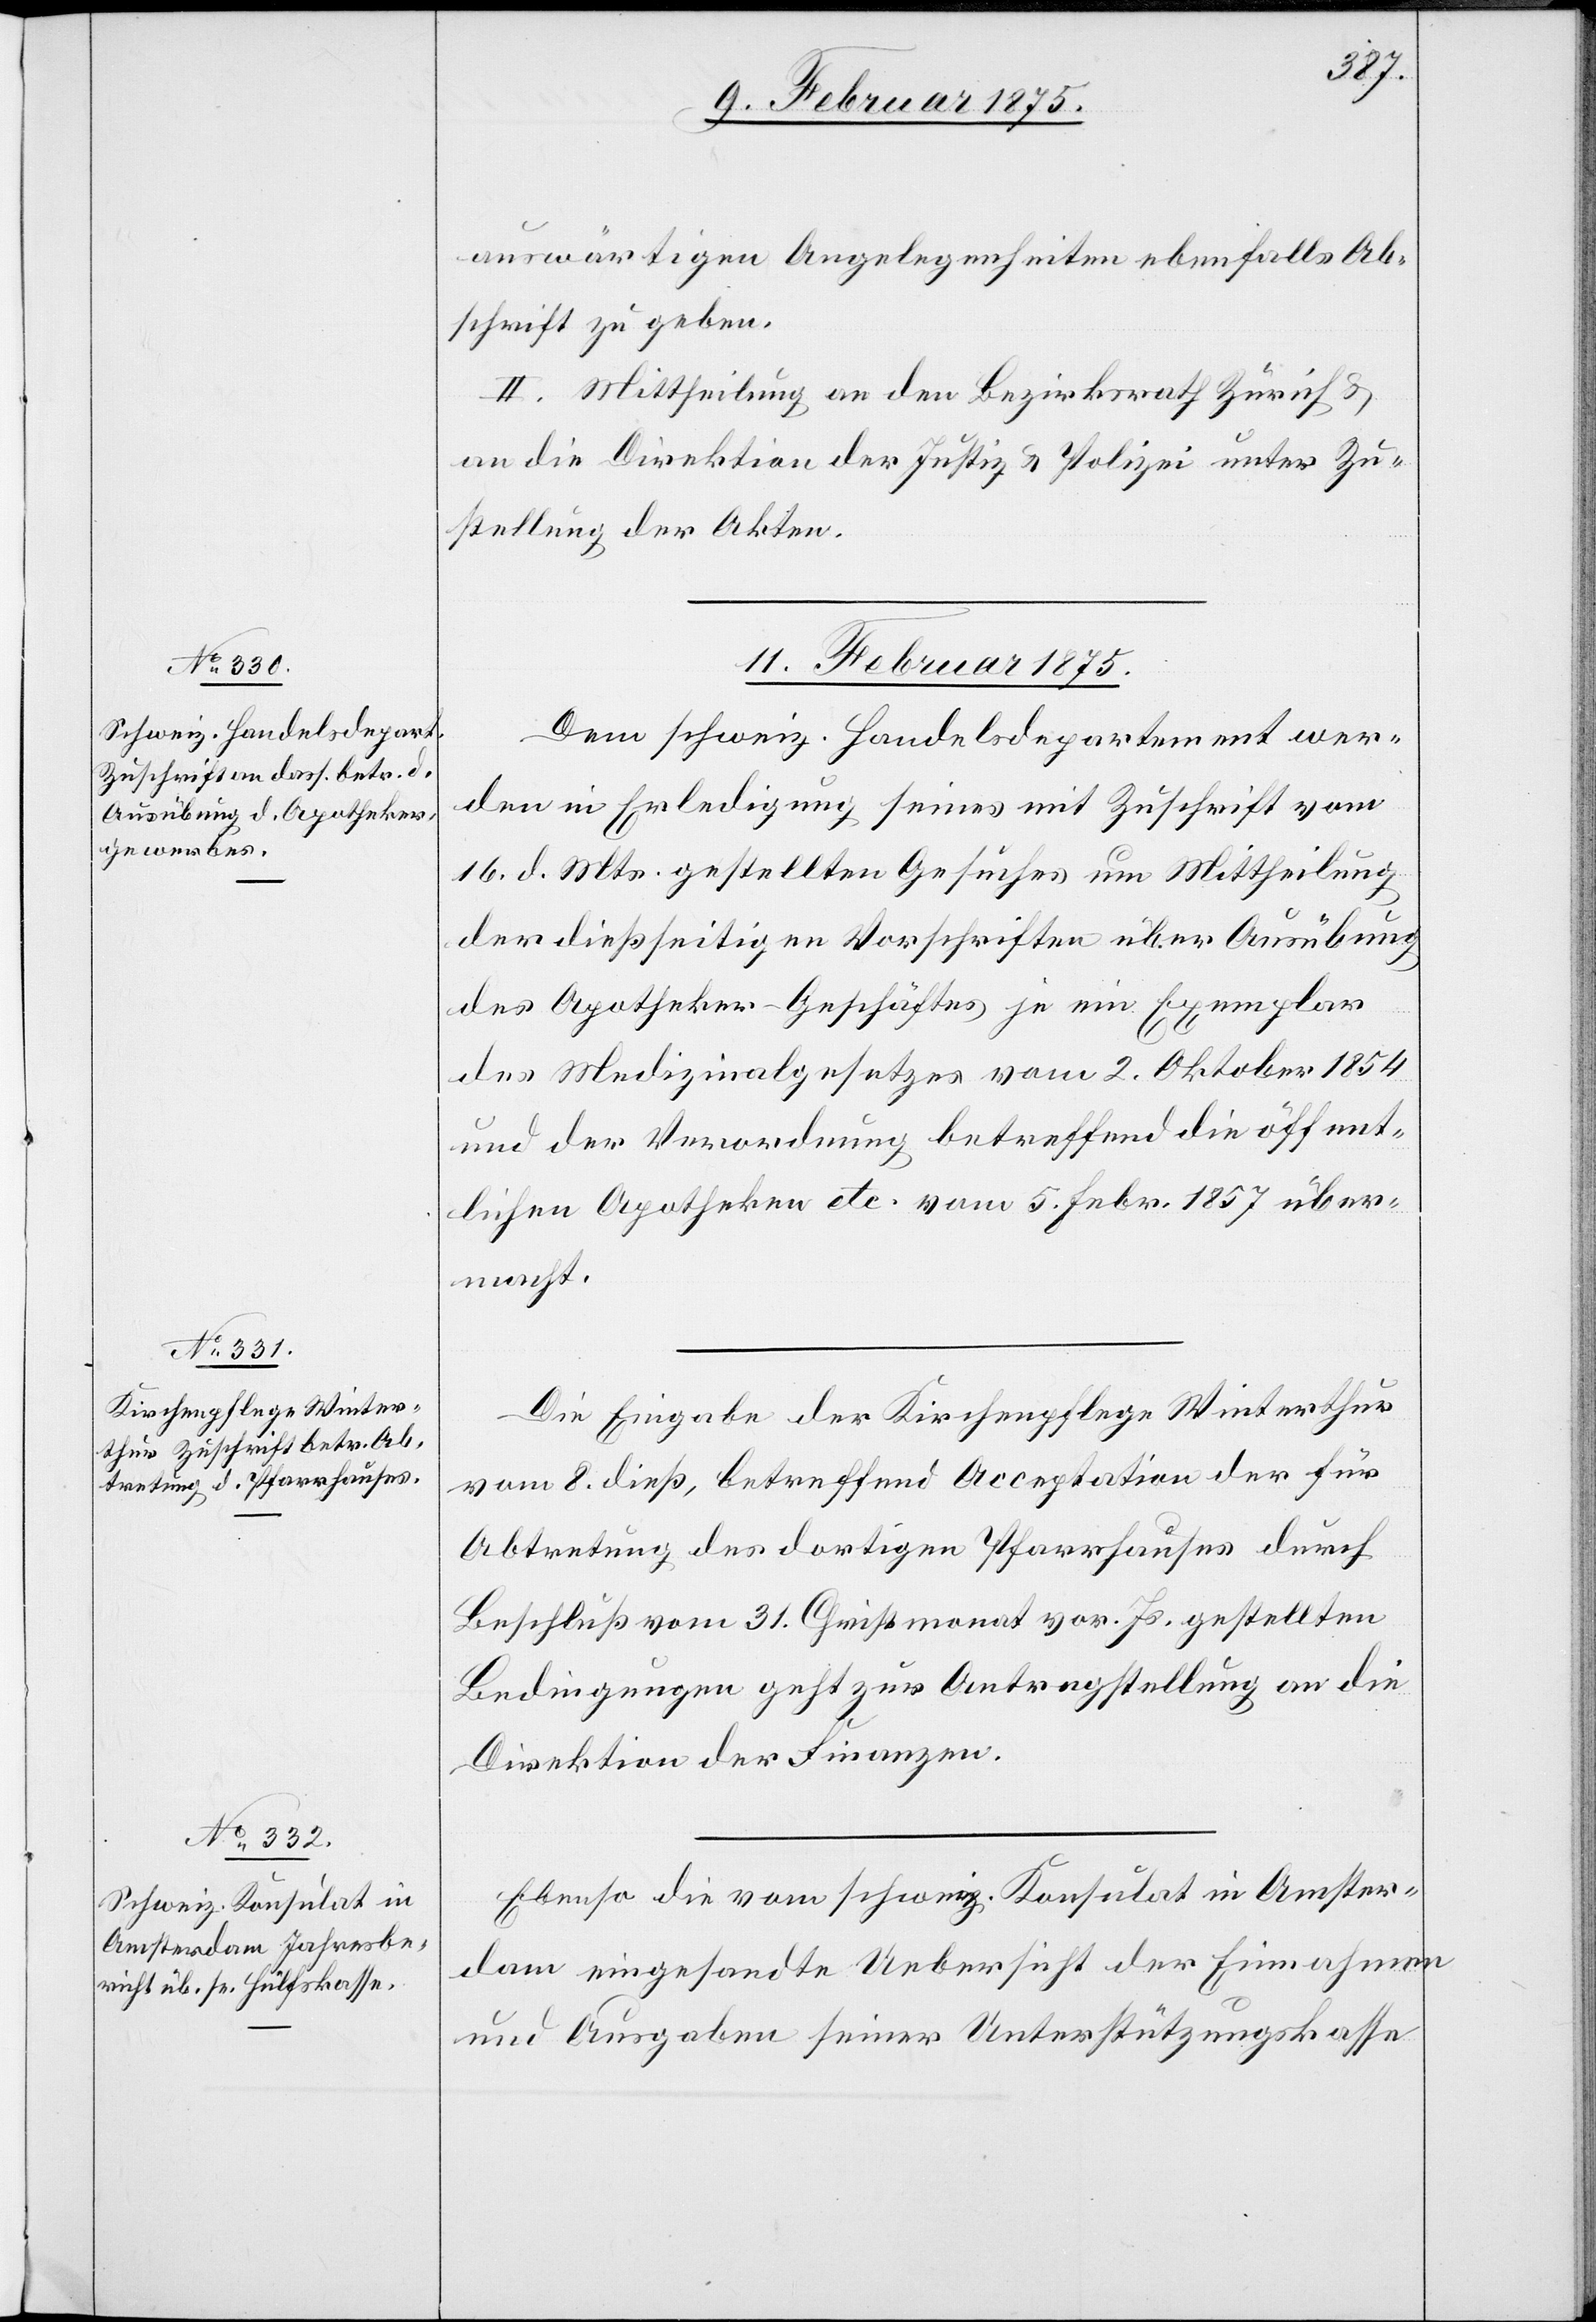
auswärtigen Angelegenheiten ebenfalls Ab¬
schrift zu geben.
II. Mittheilung an den Bezirksrath Zürich &
an die Direktion der Justiz & Polizei unter Zu¬
stellung der Akten.
11. Februar 1875.]
Dem schweiz. Handelsdepartement wer¬
den in Erledigung seines mit Zuschrift vom
16. d. Mts. gestellten Gesuches um Mittheilung
der dießseitigen Vorschriften über Ausübung
des Apotheker-Geschäftes je ein Exemplar
des Medizinalgesetzes vom 2. Oktober 1854
und der Verordnung betreffend die öffent¬
lichen Apotheken etc. vom 5. Febr. 1857 über¬
macht.
Die Eingabe der Kirchenpflege Winterthur
vom 8. dieß, betreffend Acceptation der für
Abtretung des dortigen Pfarrhauses durch
Beschluß vom 31. Christmonat vor. Js. gestellten
Bedingungen geht zur Antragstellung an die
Direktion der Finanzen.
Ebenso die vom schweiz. Konsulat in Amster¬
dam eingesandte Uebersicht der Einnahmen
und Ausgaben seiner Unterstützungskasse